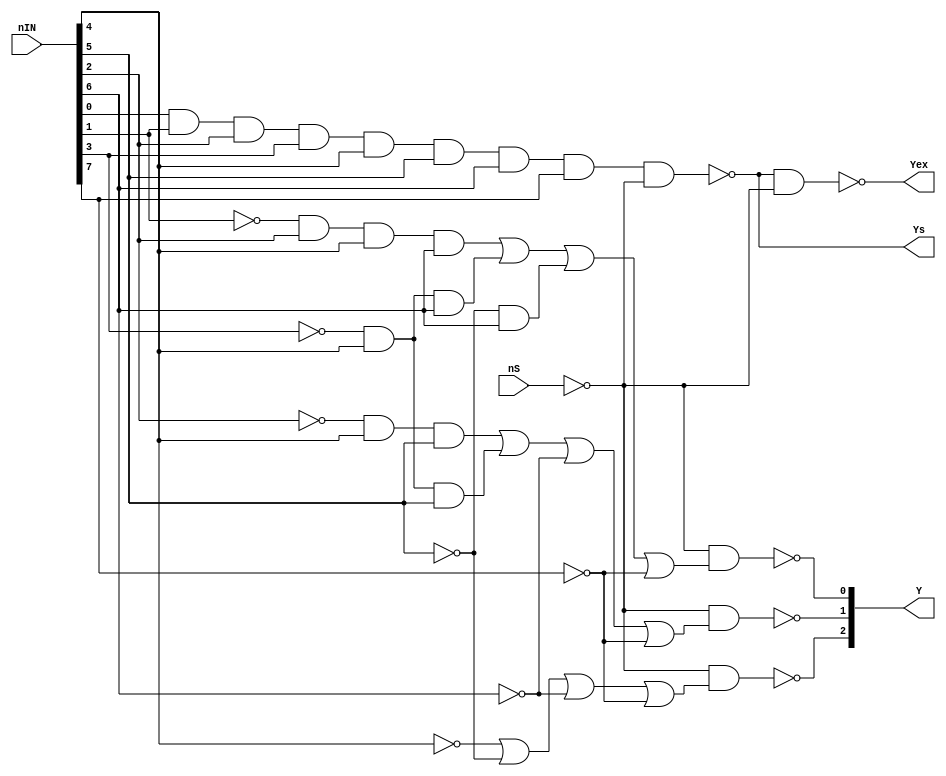
module TTL74148(nS, nIN, Y, Ys, Yex);
	input nS;
	input [7:0] nIN;
	output [2:0] Y;
	output Ys;
	output Yex;
	
	wire S;
	wire [7:0] IN;
	wire [4:0] aIN;
	wire [2:0] oIN;
	wire [2:0] aS;
	wire aYs, aYex;
	
	genvar i;
	
	not(S, nS);
	
	generate
		for (i = 0; i < 8; i=i+1) begin:loop1
			not(IN[i], nIN[i]);
		end
	endgenerate
	
	or(oIN[2], IN[4], IN[5], IN[6], IN[7]);
	and(aIN[4], IN[2], nIN[4], nIN[5]);
	and(aIN[3], IN[3], nIN[4], nIN[5]);
	or(oIN[1], aIN[4], aIN[3], IN[6], IN[7]);
	and(aIN[2], IN[1], nIN[2], nIN[4], nIN[6]);
	and(aIN[1], IN[3], nIN[4], nIN[6]);
	and(aIN[0], IN[5], nIN[6]);
	or(oIN[0], aIN[2], aIN[1], aIN[0], IN[7]);
	
	generate
		for (i = 0; i < 3; i=i+1) begin:loop2
			and(aS[i], S, oIN[i]);
			not(Y[i], aS[i]);
		end
	endgenerate
	
	and(aYs, nIN[0], nIN[1], nIN[2], nIN[3], nIN[4], nIN[5], nIN[6], nIN[7], S);
	not(Ys, aYs);
	
	and(aYex, Ys, S);
	not(Yex, aYex);
	
endmodule